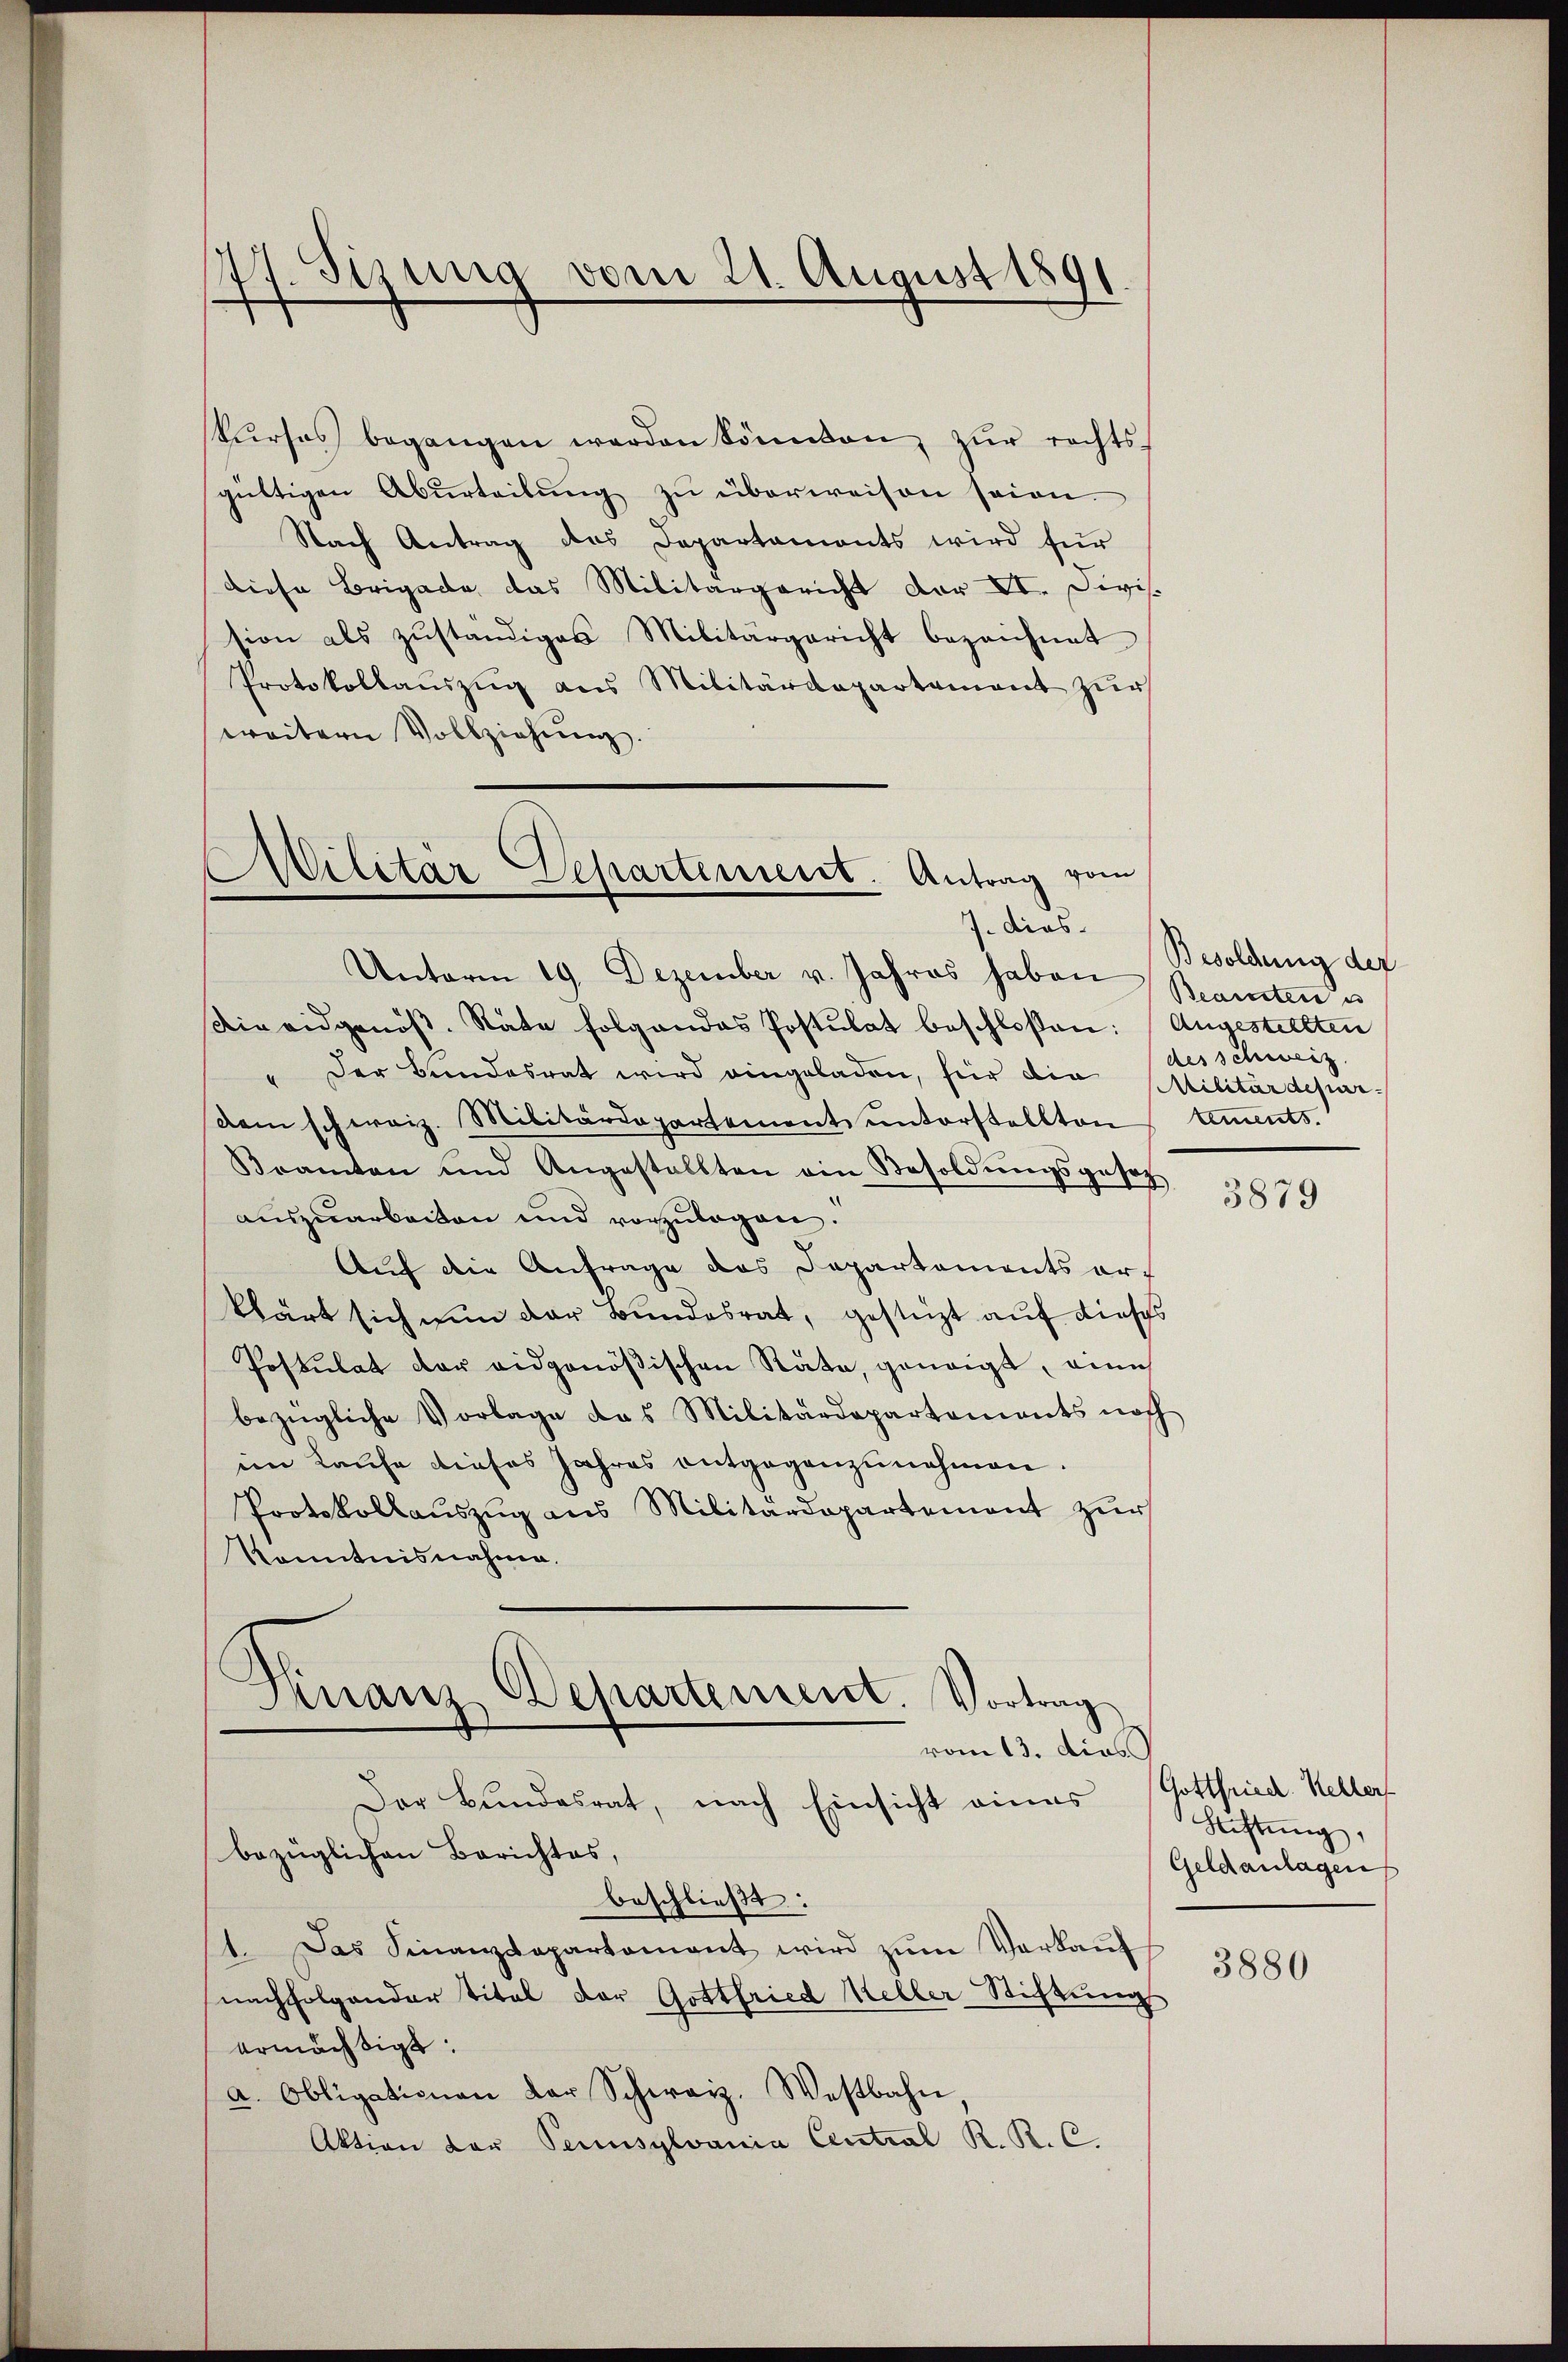
77. Sizung vom 21. August 1891

kŭrses begangen werden könnten, zŭr rechts-
gültigen Aburteilŭng zŭ überweisen seien.
Nach Antrag des Departaments wird für
diese Brigade das Militärgericht der XI. Divis.
sion als zŭständiges Militärgericht bezeichnet
Protokollauszug aus Militärdepartement zur
weitern Vollziehŭng.
Militär Departement. Antrag vom
.

Unterm 19. Dezember v. Jahres haben Beamten u

Die eidgenös-Rate folgendes Postulat beschloßen: Angestellten
Der Bundesrat wird eingeladen, für die Militärdepar-
dem schweiz. Militärdepartement ŭnterstellten tements.
Bramten und Angestellten ein Besoldŭngsgesetz
auszuarbeiten und vorzŭlegen.
Auf die Anfrage das Departements er-
klärt sich nun der Bundesrat, gestüzt auf dieses
Postulat der eidgenößischen Räte, geneigt, eine
bezügliche Vorlage das Militärdepartements noch
im Laufe dieses Jahres entgegenzunehmen.
Protokollauszug aus Militärdepartement zur
Kenntnisnahme.
Finanz Departement. Vortrag
vom 13. dies
Der Bŭndesrat, nach Einsicht eines
bezüglichen Berichtes,
beschließt:
1. Das Finanzdepartament wird zŭm Verkaŭf
nachfolgender Titel der Gottfried Keller Stiftung
ermächtigt.
a. Obligationen der Schweiz. Westbahn,
Aktion der Pennsylvania Central R. R. C.

7. dies Besoldung der
des schweiz

3879

Gottfried. Keller
Stiftung,
Geldanlagen

3880